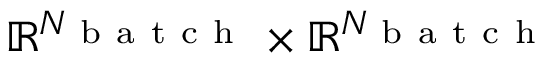
\mathbb { R } ^ { N _ { \mathrm { ~ b ~ a ~ t ~ c ~ h ~ } } } \times \mathbb { R } ^ { N _ { \mathrm { ~ b ~ a ~ t ~ c ~ h ~ } } }